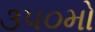
૩૫૦મો